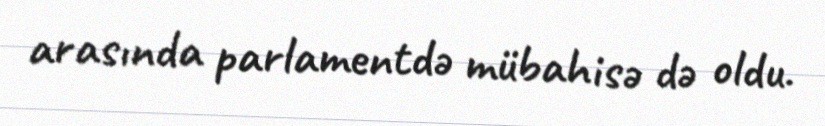
arasında parlamentdə mübahisə də oldu.